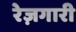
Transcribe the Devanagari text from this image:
रेज़गारी